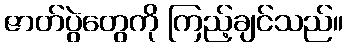
ဇာတ်ပွဲတွေကို ကြည့်ချင်သည်။